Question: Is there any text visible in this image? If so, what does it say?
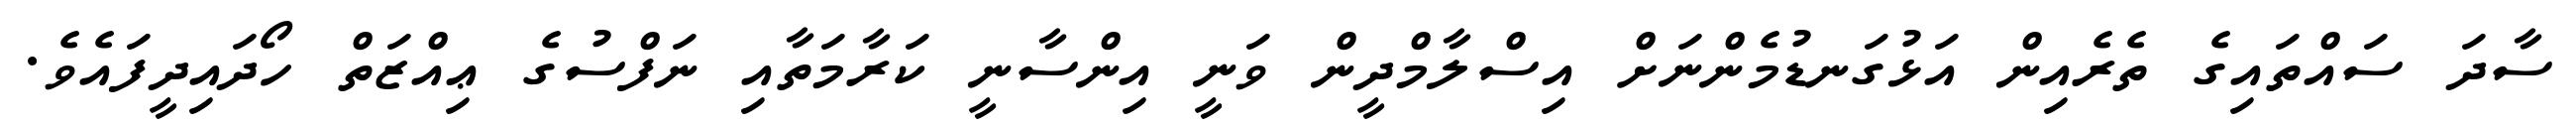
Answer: ސާދަ ސައްތައިގެ ތެރެއިން އަޅުގަނޑުމެންނަށް އިސްލާމްދީން ވަނީ އިންސާނީ ކަރާމަތާއި ނަފްސުގެ ޢިއްޒަތް ހޯދައިދީފައެވެ.